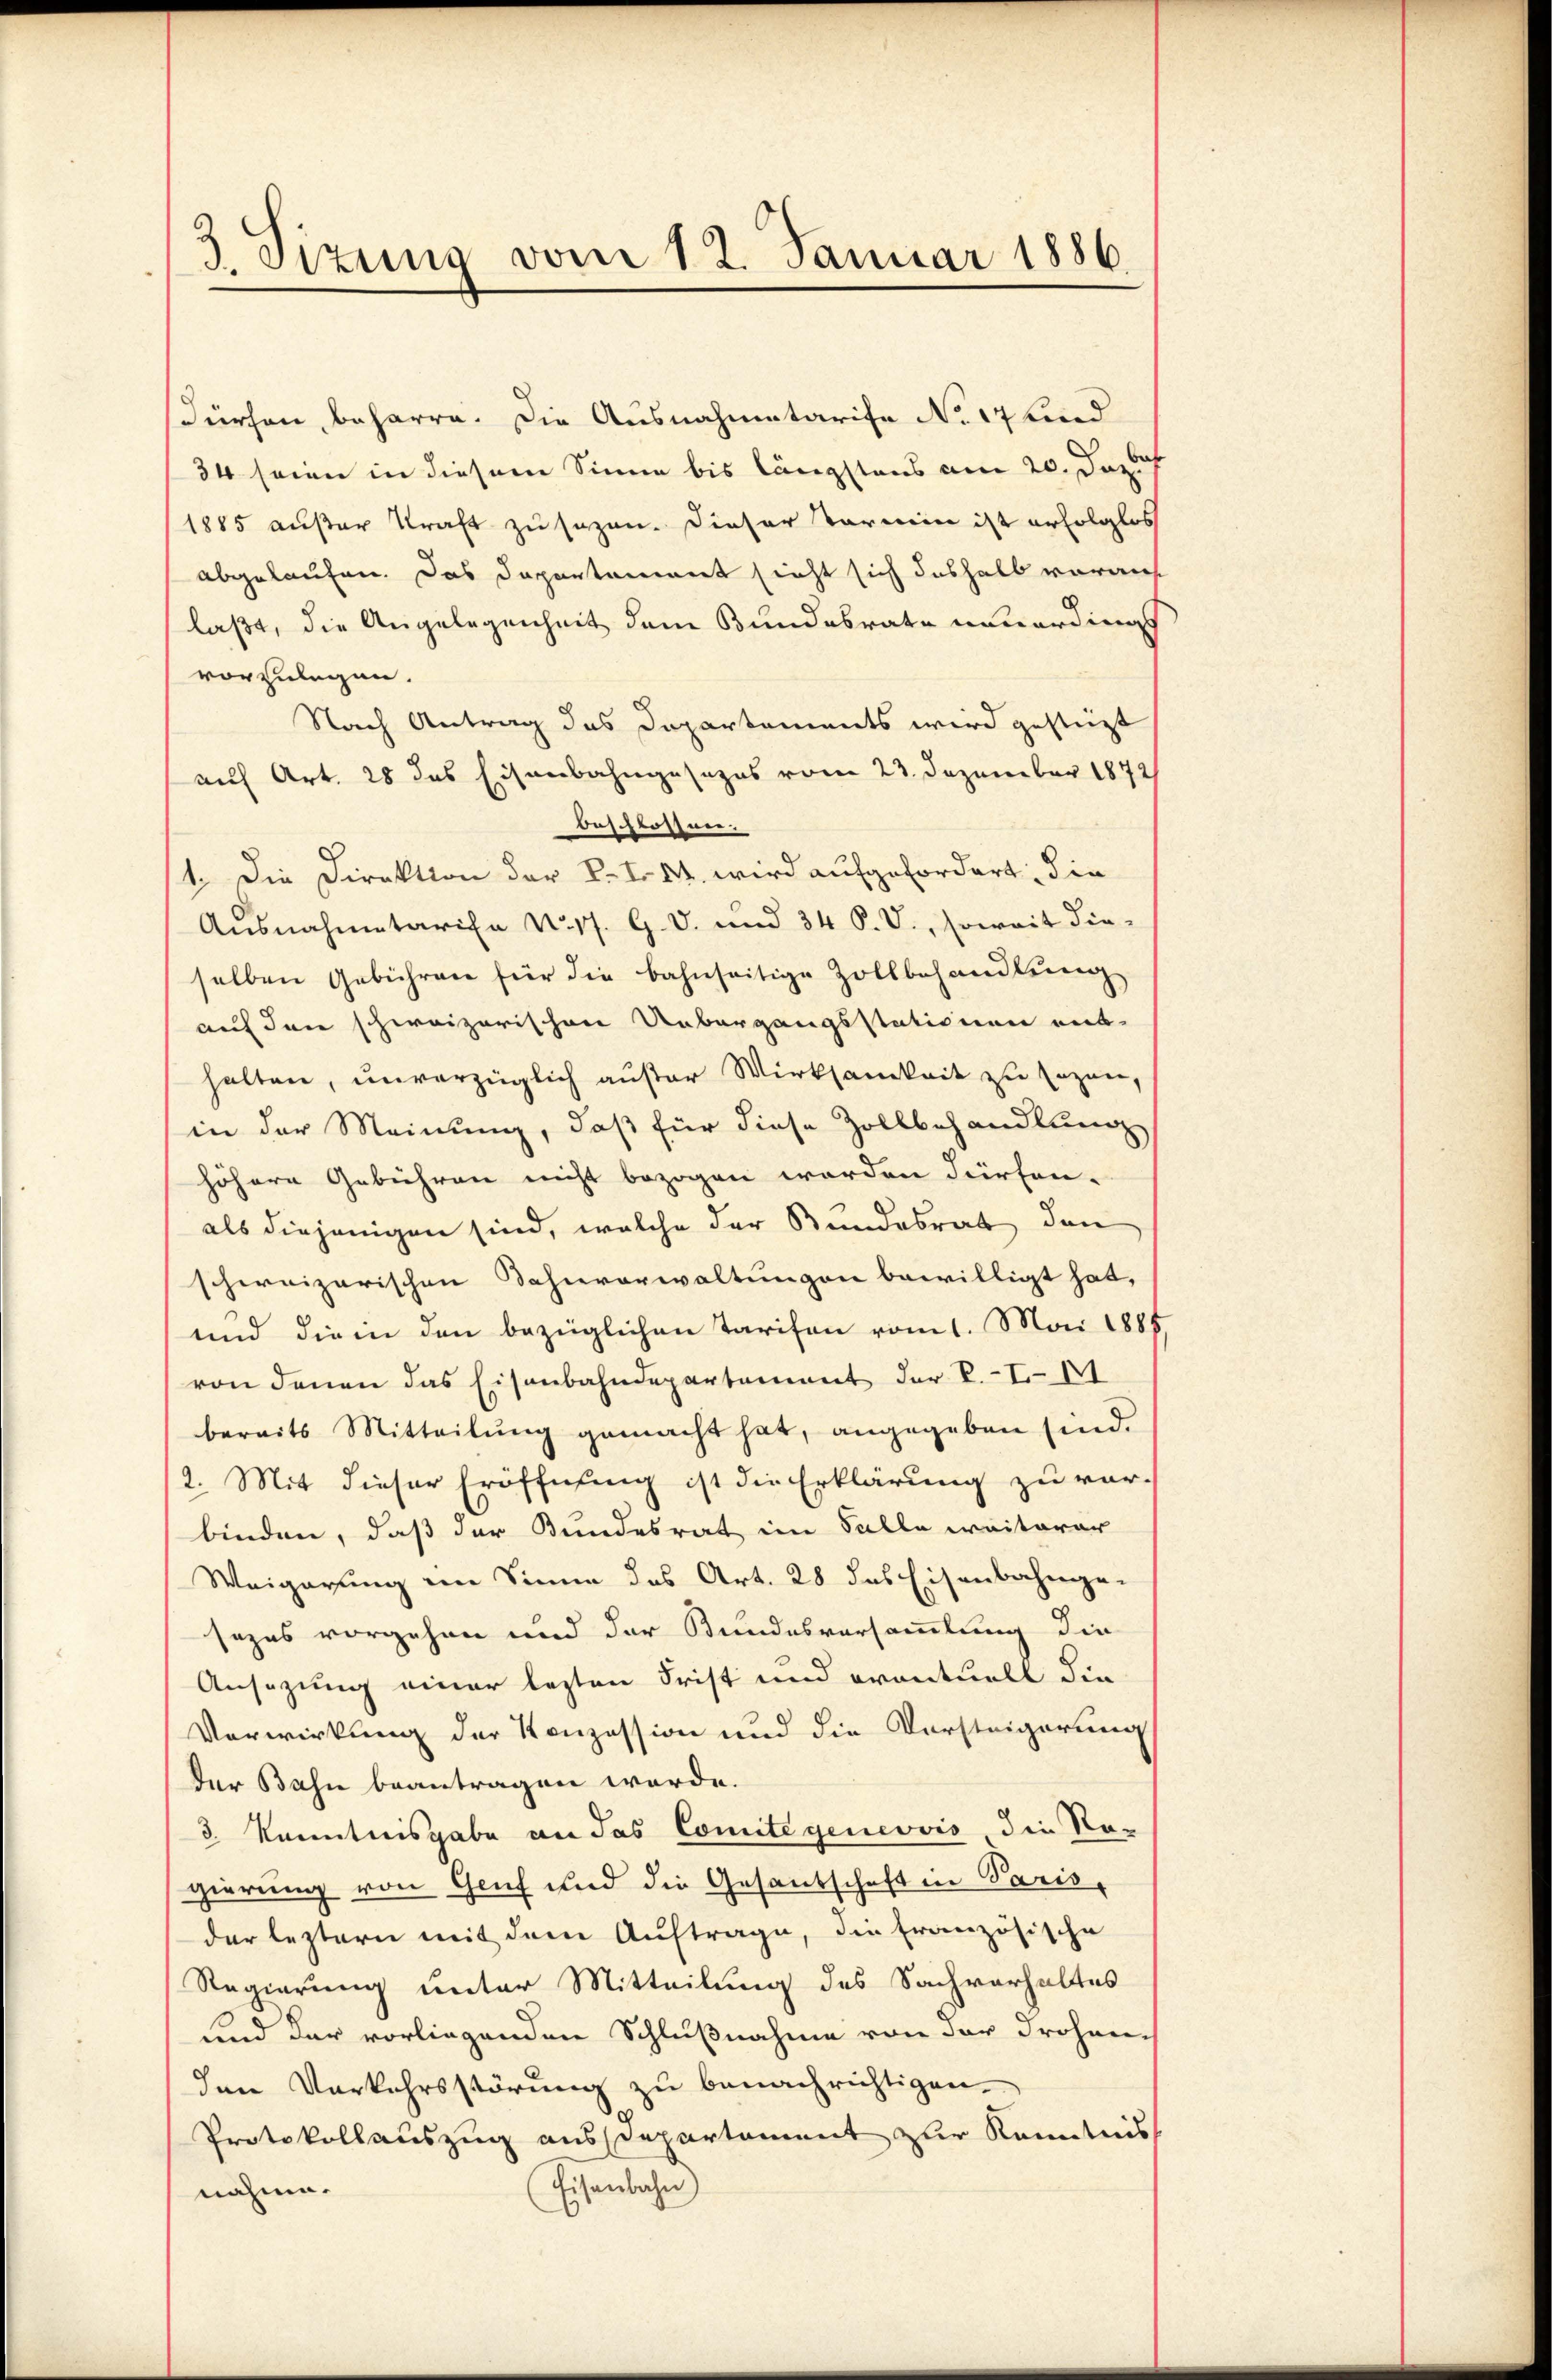
3. Sizung vom 12. Januar 1886

Fürchen, beharre. Die Ausnahmetarife No 17 Kind
34 seine in diesem Sinne bis längstens am 20. Dazu
1885 außer Kraft zu sagen. Dieser Starmin ist erfolglos
abgelaufen. Das Departament sieht sich deshalb vorauf
laßt, die Angelegenheit dem Bundesrate neuerdings
vorzulegen.
Nach Antrag das Departements wird gestüzt
auf Art. 28 das Eisenbahngesezes vom 23. Dezember 1872
beschlossen.
1. Die Direktion der k. J. M. wird aufgefordert, die
Ausnahmetarife N. 17. G. V. und 34 P. V., soweit die-
selben Gebühren für die bahnseitige Zollbehandlung
auf den schweizerischen Uebergangsstationen ent-
halten, unverzüglich außer Wirksamkeit zu sagen,
in der Meinung, daß für diese Zollbehandlung
höhere Gebühren nicht bezogen worden dürfen.
als diejenigen sind, welche der Bundesrat den
schweizerischen Bahnverwaltungen bewilligt hat,
und dieen den bezüglichen Tarifen vom 1. Mai 1888
von denen das Eisenbahndepartement der k. I. A
bereits Mitteilung gemacht hat, angegeben sind.
2. Mit dieser Eröffnung ist die Erklärung zu verbinden, daß der Bundesrat im Falle weiterar
Weigerung im Sinne des Art. 28 das Eisenbahngesezes vorgehen und der Bundesversammlung die
Ansezung einer lezten Frist und eventuell die
Vorwirkung der Konzession und die Darsteigerung
der Bahn beantragen werde.
3 Kenntnisgabe an das Comite genevvis die Nogierung von Genf und die Gesandschaft in Paris,
der leztern mit dem Auftrage, die französische
Regierung unter Mitteilung des Sachverhaltes
und der vorliegenden Schlußnahme von der drohen¬
Ien Verkehrsstörung zu benachrichtigen.
Protokollauszug aus Departament zur Kenntnis
Eisenbahn)
nähme.